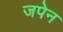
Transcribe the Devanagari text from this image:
जपेन